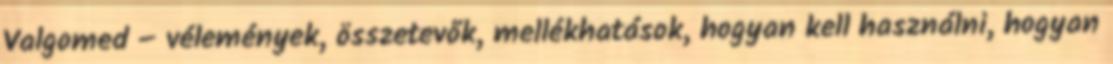
Valgomed – vélemények, összetevők, mellékhatások, hogyan kell használni, hogyan